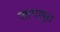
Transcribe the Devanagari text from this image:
जागापूरा